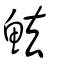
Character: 魼